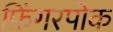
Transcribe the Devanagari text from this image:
फ़िंगरपोक